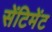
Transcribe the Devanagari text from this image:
सेंटिमेंट